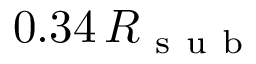
0 . 3 4 \, R _ { \mathrm { ~ s ~ u ~ b ~ } }